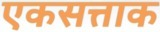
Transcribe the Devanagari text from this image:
एकसत्ताक